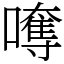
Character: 𡁯